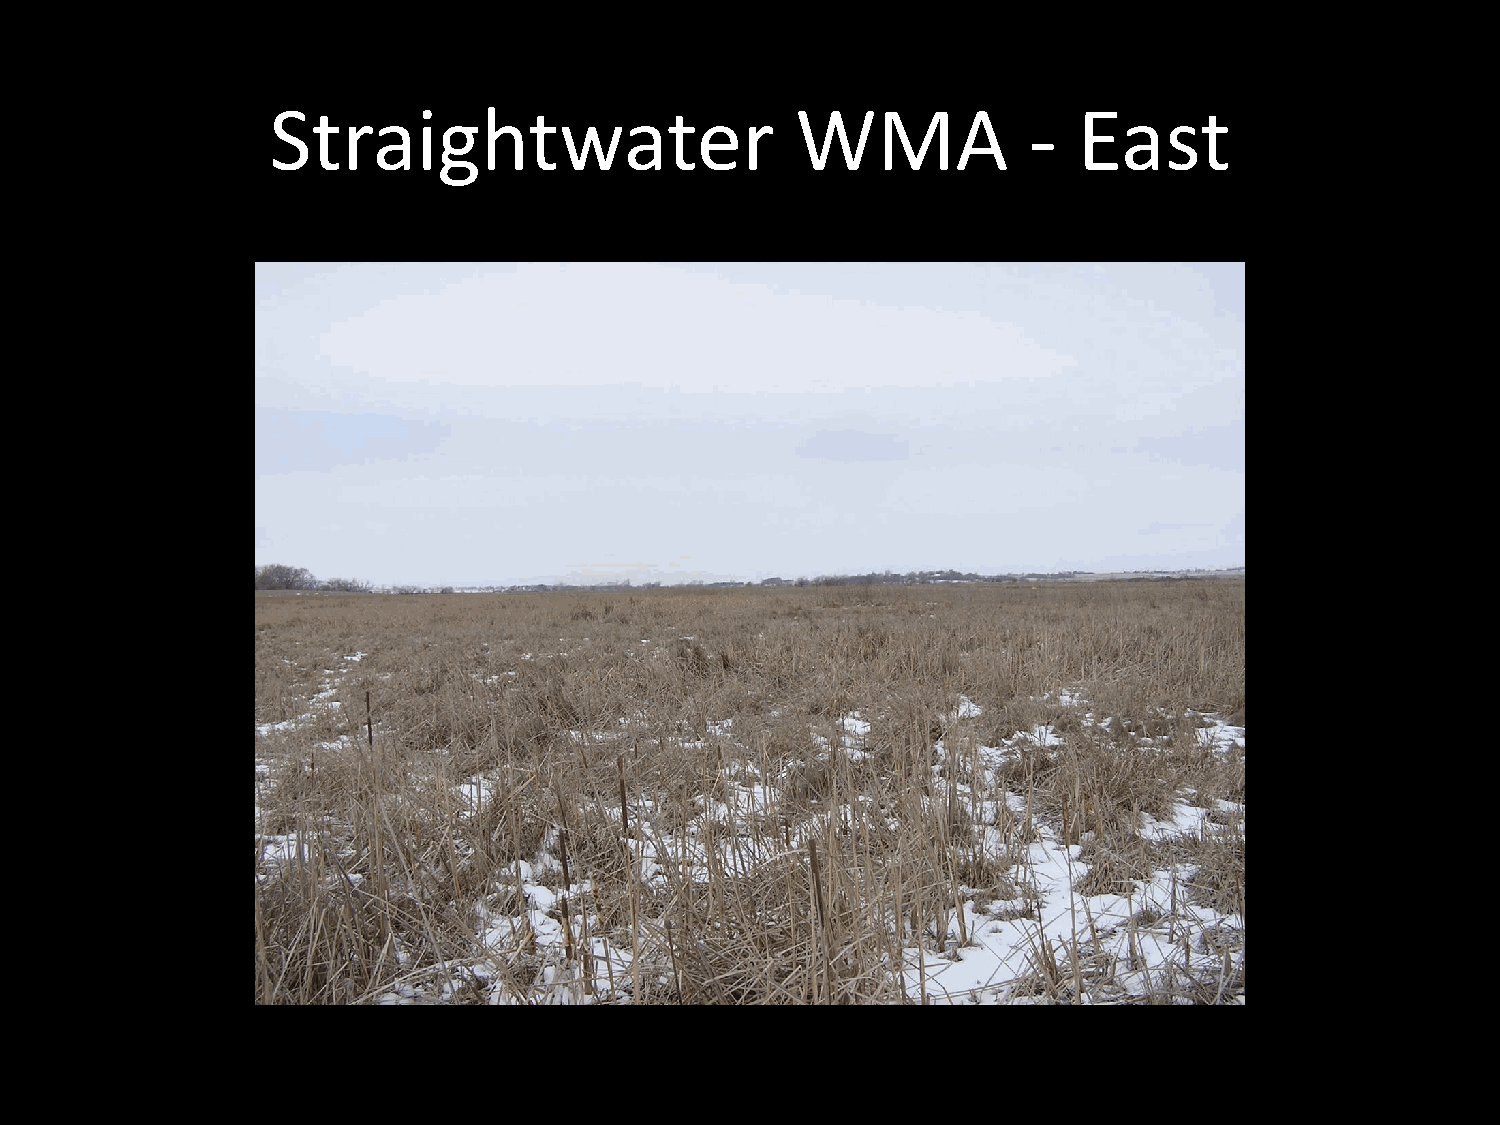
Straightwater                      WMA            -  East